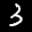
Label: 3